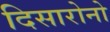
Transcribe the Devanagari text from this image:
दिसारोनो